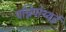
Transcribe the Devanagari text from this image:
पन्निपोथ्थई